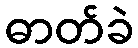
ဓာတ်ခဲ